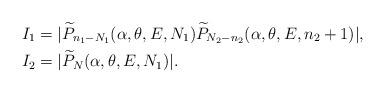
LaTeX: \begin{align*} \begin{aligned} I_1&=|\widetilde{P}_{n_1-N_1}(\alpha,\theta,E,N_1)\widetilde{P}_{N_2-n_2}(\alpha,\theta,E,n_2+1)|, \\ I_2&=|\widetilde{P}_N(\alpha,\theta,E,N_1)|. \end{aligned}\end{align*}